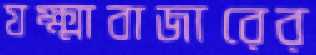
যক্ষ্মাবাজারের